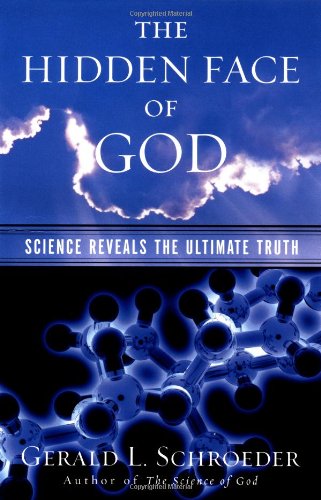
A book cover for The Hidden Face of God: Science Reveals the Ultimate Truth; Gerald L. Schroeder Ph.D.; Politics & Social Sciences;